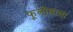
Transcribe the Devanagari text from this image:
फूलोंवाला